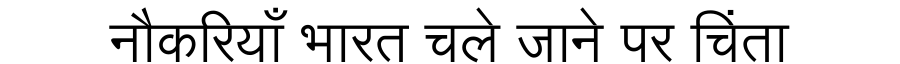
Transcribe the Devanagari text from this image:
नौकरियाँ भारत चले जाने पर चिंता